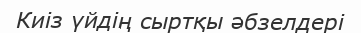
Киіз үйдің сыртқы әбзелдері